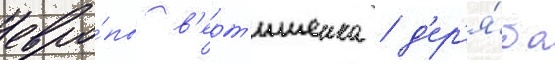
евро́пы в'ерт'ишеика / д'ер'я́ба